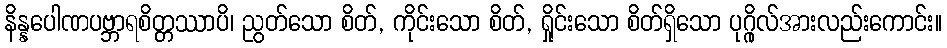
နိန္နပေါဏပဗ္ဘာရစိတ္တဿာပိ၊ ညွတ်သော စိတ်, ကိုင်းသော စိတ်, ရှိုင်းသော စိတ်ရှိသော ပုဂ္ဂိုလ်အားလည်းကောင်း။